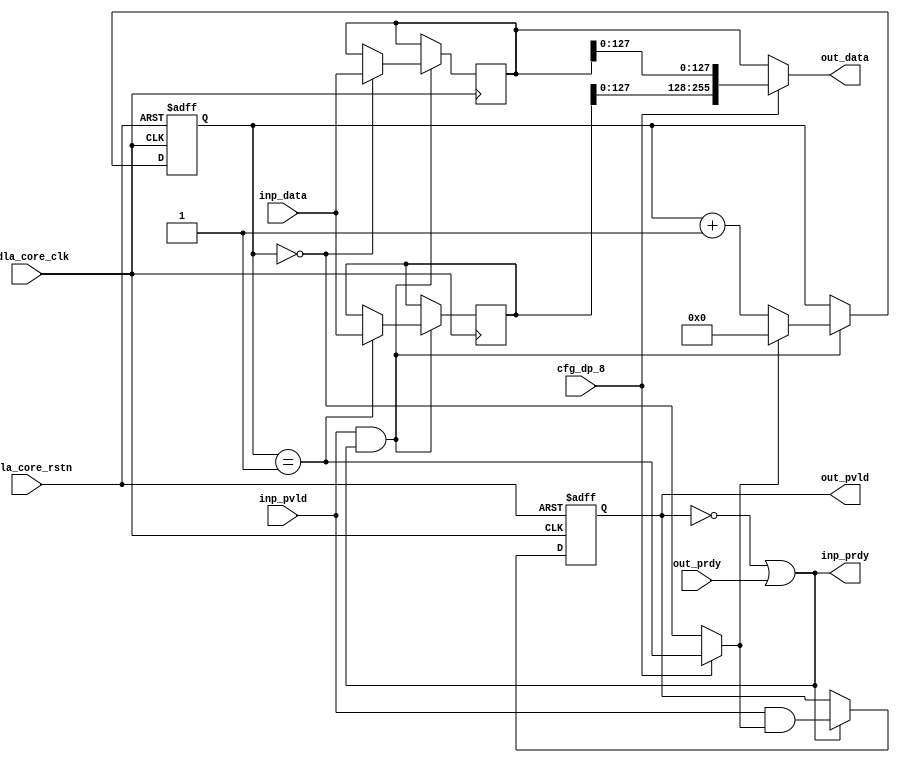
// ================================================================
// NVDLA Open Source Project
//
// Copyright(c) 2016 - 2017 NVIDIA Corporation. Licensed under the
// NVDLA Open Hardware License; Check "LICENSE" which comes with
// this distribution for more information.
// ================================================================
module NV_NVDLA_SDP_WDMA_unpack (
   nvdla_core_clk
  ,nvdla_core_rstn
  ,cfg_dp_8
  ,inp_pvld
  ,inp_data
  ,inp_prdy
  ,out_pvld
  ,out_data
  ,out_prdy
);
parameter IW = 256;
parameter IHW = IW/2;
parameter OW = 256;
parameter RATIO = OW/IW;
input nvdla_core_clk;
input nvdla_core_rstn;
input cfg_dp_8;
input inp_pvld;
output inp_prdy;
input [IW-1:0] inp_data;
output out_pvld;
input out_prdy;
output [OW-1:0] out_data;
reg [3:0] pack_cnt;
reg pack_pvld;
wire pack_prdy;
wire inp_acc;
wire is_pack_last;
reg [IW-1:0] pack_seg0;
reg [IW-1:0] pack_seg1;
reg [IW-1:0] pack_seg2;
reg [IW-1:0] pack_seg3;
reg [IW-1:0] pack_seg4;
reg [IW-1:0] pack_seg5;
reg [IW-1:0] pack_seg6;
reg [IW-1:0] pack_seg7;
reg [IW-1:0] pack_seg8;
reg [IW-1:0] pack_seg9;
reg [IW-1:0] pack_sega;
reg [IW-1:0] pack_segb;
reg [IW-1:0] pack_segc;
reg [IW-1:0] pack_segd;
reg [IW-1:0] pack_sege;
reg [IW-1:0] pack_segf;
wire [8*IW-1:0] pack_total_8;
wire [8*IW-1:0] pack_total_16;
wire [8*IW-1:0] pack_total;
assign pack_prdy = out_prdy;
assign out_pvld = pack_pvld;
assign inp_prdy = (!pack_pvld) | pack_prdy ;
always @(posedge nvdla_core_clk or negedge nvdla_core_rstn) begin
  if (!nvdla_core_rstn) begin
    pack_pvld <= 1'b0;
  end
  else if ((inp_prdy) == 1'b1) begin
    pack_pvld <= inp_pvld & is_pack_last;
  end
end
assign inp_acc = inp_pvld & inp_prdy;
always @(posedge nvdla_core_clk or negedge nvdla_core_rstn) begin
  if (!nvdla_core_rstn) begin
    pack_cnt <= {4{1'b0}};
  end else begin
    if (inp_acc) begin
        if (is_pack_last) begin
            pack_cnt <= 0;
        end else begin
            pack_cnt <= pack_cnt + 1;
        end
    end
  end
end
assign is_pack_last = cfg_dp_8 ? (pack_cnt==2*RATIO-1) : (pack_cnt==RATIO-1);
generate
if(RATIO == 1) begin
always @(posedge nvdla_core_clk) begin
  if (inp_acc) begin
    if (pack_cnt==4'h0) pack_seg0 <= inp_data;
    if (pack_cnt==4'h1) pack_seg1 <= inp_data;
  end
end
end
else if(RATIO == 2) begin
always @(posedge nvdla_core_clk) begin
  if (inp_acc) begin
    if (pack_cnt==4'h0) pack_seg0 <= inp_data;
    if (pack_cnt==4'h1) pack_seg1 <= inp_data;
    if (pack_cnt==4'h2) pack_seg2 <= inp_data;
    if (pack_cnt==4'h3) pack_seg3 <= inp_data;
  end
end
end
else if (RATIO == 4) begin
always @(posedge nvdla_core_clk) begin
  if (inp_acc) begin
    if (pack_cnt==4'h0) pack_seg0 <= inp_data;
    if (pack_cnt==4'h1) pack_seg1 <= inp_data;
    if (pack_cnt==4'h2) pack_seg2 <= inp_data;
    if (pack_cnt==4'h3) pack_seg3 <= inp_data;
    if (pack_cnt==4'h4) pack_seg4 <= inp_data;
    if (pack_cnt==4'h5) pack_seg5 <= inp_data;
    if (pack_cnt==4'h6) pack_seg6 <= inp_data;
    if (pack_cnt==4'h7) pack_seg7 <= inp_data;
  end
end
end
else if (RATIO == 8) begin
always @(posedge nvdla_core_clk) begin
  if (inp_acc) begin
    if (pack_cnt==4'h0) pack_seg0 <= inp_data;
    if (pack_cnt==4'h1) pack_seg1 <= inp_data;
    if (pack_cnt==4'h2) pack_seg2 <= inp_data;
    if (pack_cnt==4'h3) pack_seg3 <= inp_data;
    if (pack_cnt==4'h4) pack_seg4 <= inp_data;
    if (pack_cnt==4'h5) pack_seg5 <= inp_data;
    if (pack_cnt==4'h6) pack_seg6 <= inp_data;
    if (pack_cnt==4'h7) pack_seg7 <= inp_data;
    if (pack_cnt==4'h8) pack_seg8 <= inp_data;
    if (pack_cnt==4'h9) pack_seg9 <= inp_data;
    if (pack_cnt==4'ha) pack_sega <= inp_data;
    if (pack_cnt==4'hb) pack_segb <= inp_data;
    if (pack_cnt==4'hc) pack_segc <= inp_data;
    if (pack_cnt==4'hd) pack_segd <= inp_data;
    if (pack_cnt==4'he) pack_sege <= inp_data;
    if (pack_cnt==4'hf) pack_segf <= inp_data;
  end
end
end
endgenerate
assign pack_total_8 = {pack_segf[IHW-1:0], pack_sege[IHW-1:0], pack_segd[IHW-1:0], pack_segc[IHW-1:0],
                       pack_segb[IHW-1:0], pack_sega[IHW-1:0], pack_seg9[IHW-1:0], pack_seg8[IHW-1:0],
                       pack_seg7[IHW-1:0], pack_seg6[IHW-1:0], pack_seg5[IHW-1:0], pack_seg4[IHW-1:0],
                       pack_seg3[IHW-1:0], pack_seg2[IHW-1:0], pack_seg1[IHW-1:0], pack_seg0[IHW-1:0]};
assign pack_total_16 = {pack_seg7 , pack_seg6 , pack_seg5 , pack_seg4,
                        pack_seg3 , pack_seg2 , pack_seg1 , pack_seg0};
assign pack_total = cfg_dp_8 ? pack_total_8 : pack_total_16;
assign out_data = pack_total[OW-1:0];
endmodule // NV_NVDLA_SDP_WDMA_unpack